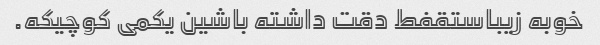
خوبه زیباستقفط دقت داشته باشین یکمی کوچیکه.